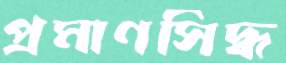
প্রমাণসিদ্ধ